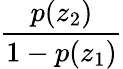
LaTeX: \frac{p(z_{2})}{1-p(z_{1})}